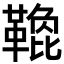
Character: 𩌟